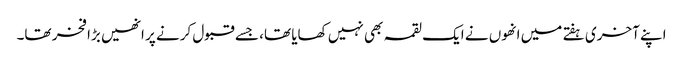
اپنے آخری ہفتے میں انھوں نے ایک لقمہ بھی نہیں کھایا تھا، جسے قبول کرنے پر انھیں بڑا فخر تھا۔